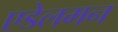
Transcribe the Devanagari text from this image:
एडेलमन